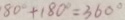
1 8 0 ^ { \circ } + 1 8 0 ^ { \circ } = 3 6 0 ^ { \circ }